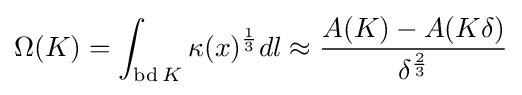
\Omega (K)=\int _{\operatorname {bd} K}{\kappa (x)^{\frac {1}{3}}dl}\approx {\frac {A(K)-A(K\delta )}{\delta ^{\frac {2}{3}}}}